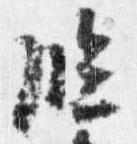
臨